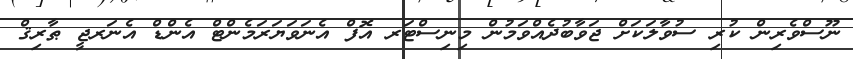
ނޫސްވެރިން ކުރި ސުވާލަކަށް ޖަވާބުދެއްވަމުން މިނިސްޓަރ އޮފް އެނަވަޔަރަމެންޓް އެންޑް އެނަރޖީ ޠާރިޤް